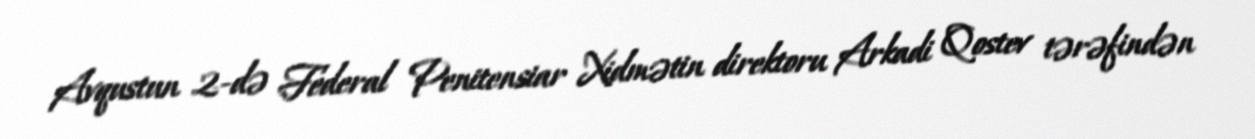
Avqustun 2-də Federal Penitensiar Xidmətin direktoru Arkadi Qostev tərəfindən